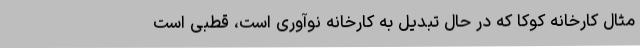
مثال کارخانه کوکا که در حال تبدیل به کارخانه نوآوری است، قطبی است